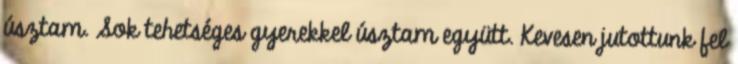
úsztam. Sok tehetséges gyerekkel úsztam együtt. Kevesen jutottunk fel